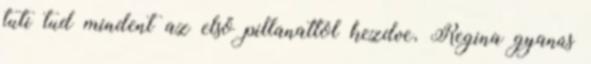
tuti tud mindent az első pillanattól kezdve, Regina gyanús